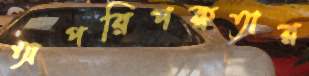
অপরিপক্বতার